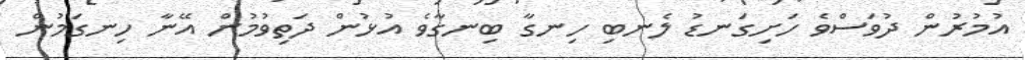
އުމުރުން ދުވަސްވެ ހަށިގަނޑު ލެނބި ހިނގާ ބިނގާވެ އުޅުން ދަތިވުމުން އޭނާ ހިނގަމުން